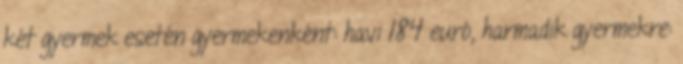
két gyermek esetén gyermekenként: havi 184 euró, harmadik gyermekre: